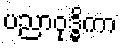
ပညာဝုဒ္ဓိကာ